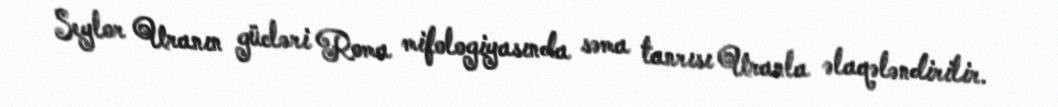
Seylor Uranın gücləri Roma mifologiyasında səma tanrısı Uranla əlaqələndirilir.